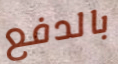
بالدفع